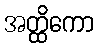
အတ္ထိကော